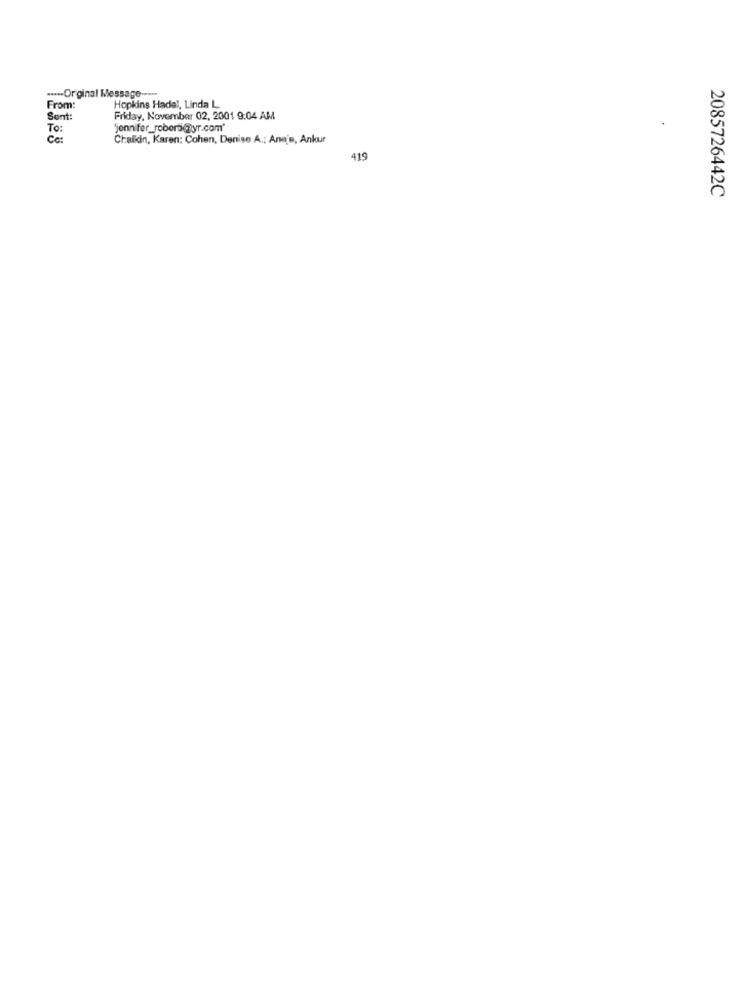
..... Original Message -----
From:
Hopkins Hade !, Linda L.
Sent:
Friday, November 02, 2001 9:04 AM
To:
jennifer_robert@lyr.com'
Co:
Chalkin, Karen: Cohen, Denise A .; Ana's, Ankur
419
2085726442C